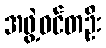
အဖွဲ့ဝင်တဦး